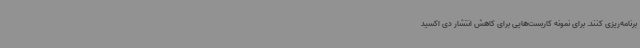
برنامه‌ریزی کنند. برای نمونه کاربست‌هایی برای کاهش انتشار دی اکسید